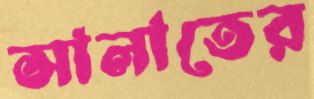
সালাতের